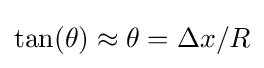
\tan(\theta )\approx \theta =\Delta x/R